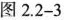
图2.2-3